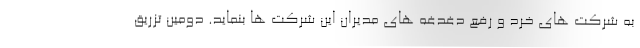
به شرکت های خرد و رفع دغدغه های مدیران این شرکت ها بنماید. دومین تزریق